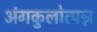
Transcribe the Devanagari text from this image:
अंगकुलोत्पन्न